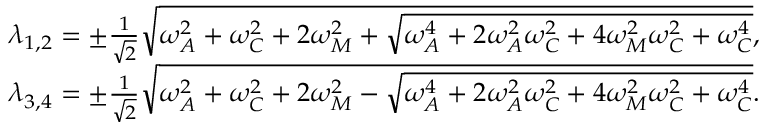
\begin{array} { r } { \lambda _ { 1 , 2 } = \pm \frac { 1 } { \sqrt { 2 } } \sqrt { \omega _ { A } ^ { 2 } + \omega _ { C } ^ { 2 } + 2 \omega _ { M } ^ { 2 } + \sqrt { \omega _ { A } ^ { 4 } + 2 \omega _ { A } ^ { 2 } \omega _ { C } ^ { 2 } + 4 \omega _ { M } ^ { 2 } \omega _ { C } ^ { 2 } + \omega _ { C } ^ { 4 } } } , } \\ { \lambda _ { 3 , 4 } = \pm \frac { 1 } { \sqrt { 2 } } \sqrt { \omega _ { A } ^ { 2 } + \omega _ { C } ^ { 2 } + 2 \omega _ { M } ^ { 2 } - \sqrt { \omega _ { A } ^ { 4 } + 2 \omega _ { A } ^ { 2 } \omega _ { C } ^ { 2 } + 4 \omega _ { M } ^ { 2 } \omega _ { C } ^ { 2 } + \omega _ { C } ^ { 4 } } } . } \end{array}